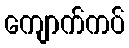
ကျောက်ကပ်